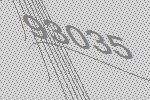
93035